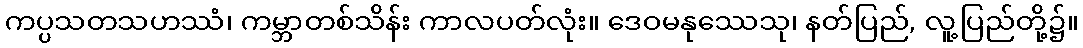
ကပ္ပသတသဟဿံ၊ ကမ္ဘာတစ်သိန်း ကာလပတ်လုံး။ ဒေဝမနုဿေသု၊ နတ်ပြည်, လူ့ပြည်တို့၌။